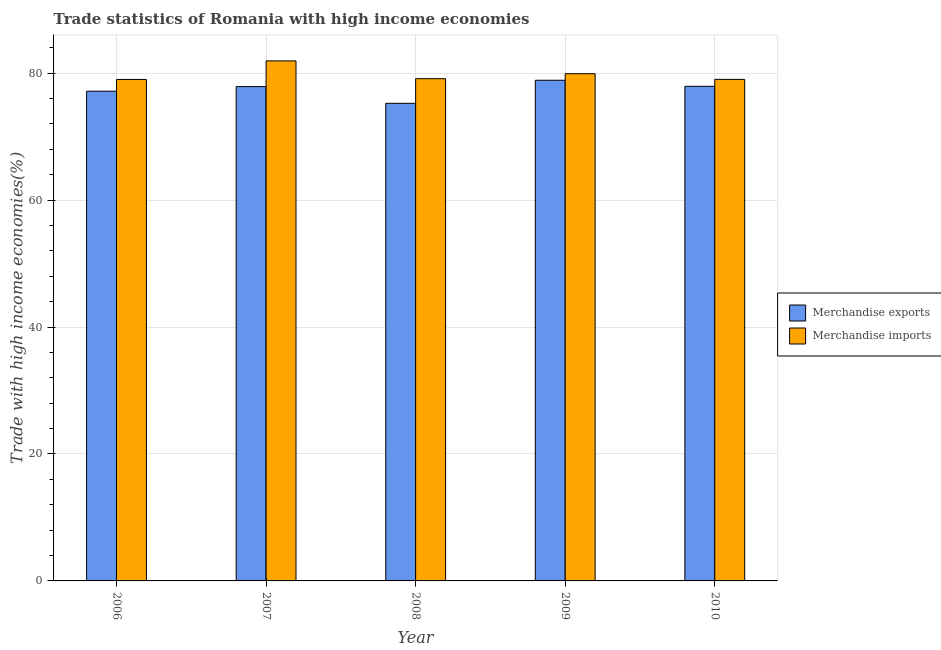
| Year | Merchandise exports | Merchandise imports |
 | --- | --- | --- |
 | 2006 | 77.2 | 79 |
 | 2007 | 77.9 | 81.9 |
 | 2008 | 75.2 | 79.1 |
 | 2009 | 78.9 | 79.9 |
 | 2010 | 77.9 | 79 |